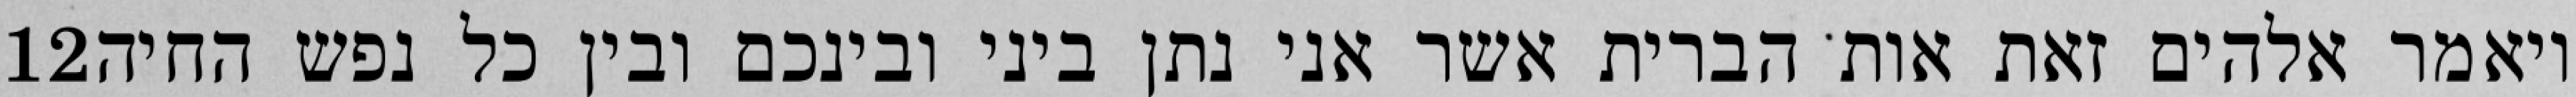
‎12‏ ויאמר אלהים זאת אות הברית אשר אני נתן ביני ובינכם ובין כל נפש החיה